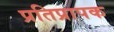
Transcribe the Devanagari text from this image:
प्रतिप्रापक